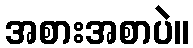
အစားအစာပဲ။